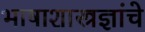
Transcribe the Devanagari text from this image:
भाषाशास्त्रज्ञांचे